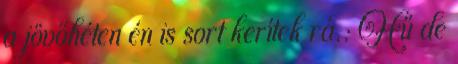
a jövőhéten én is sort kerítek rá.: Hű de